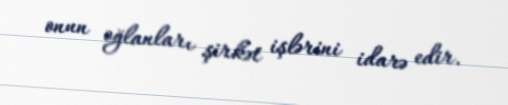
onun oğlanları şirkət işlərini idarə edir.